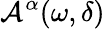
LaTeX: \mathcal{A}^{\alpha}(\omega,\delta)